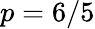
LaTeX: p=6/5